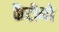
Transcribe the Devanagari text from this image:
कैंटीनो